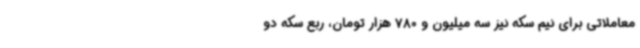
معاملاتی برای نیم سکه نیز سه میلیون و 780 هزار تومان، ربع سکه دو